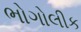
ભોગોલીક